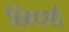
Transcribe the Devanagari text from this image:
तिगावाँ